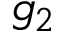
g _ { 2 }